Source: Handwritten
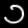
Digit: ၁ (1)